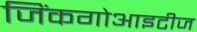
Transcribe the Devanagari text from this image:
जिंकगोआइटीज